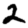
Digit: 2